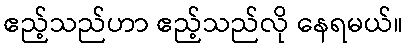
ဧည့်သည်ဟာ ဧည့်သည်လို နေရမယ်။